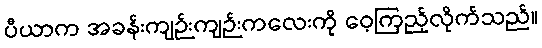
ပီယာက အခန်းကျဉ်းကျဉ်းကလေးကို ဝေ့ကြည့်လိုက်သည်။